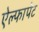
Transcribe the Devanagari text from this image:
ऐल्फापेट